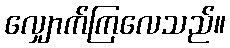
လျှောက်ကြလေသည်။